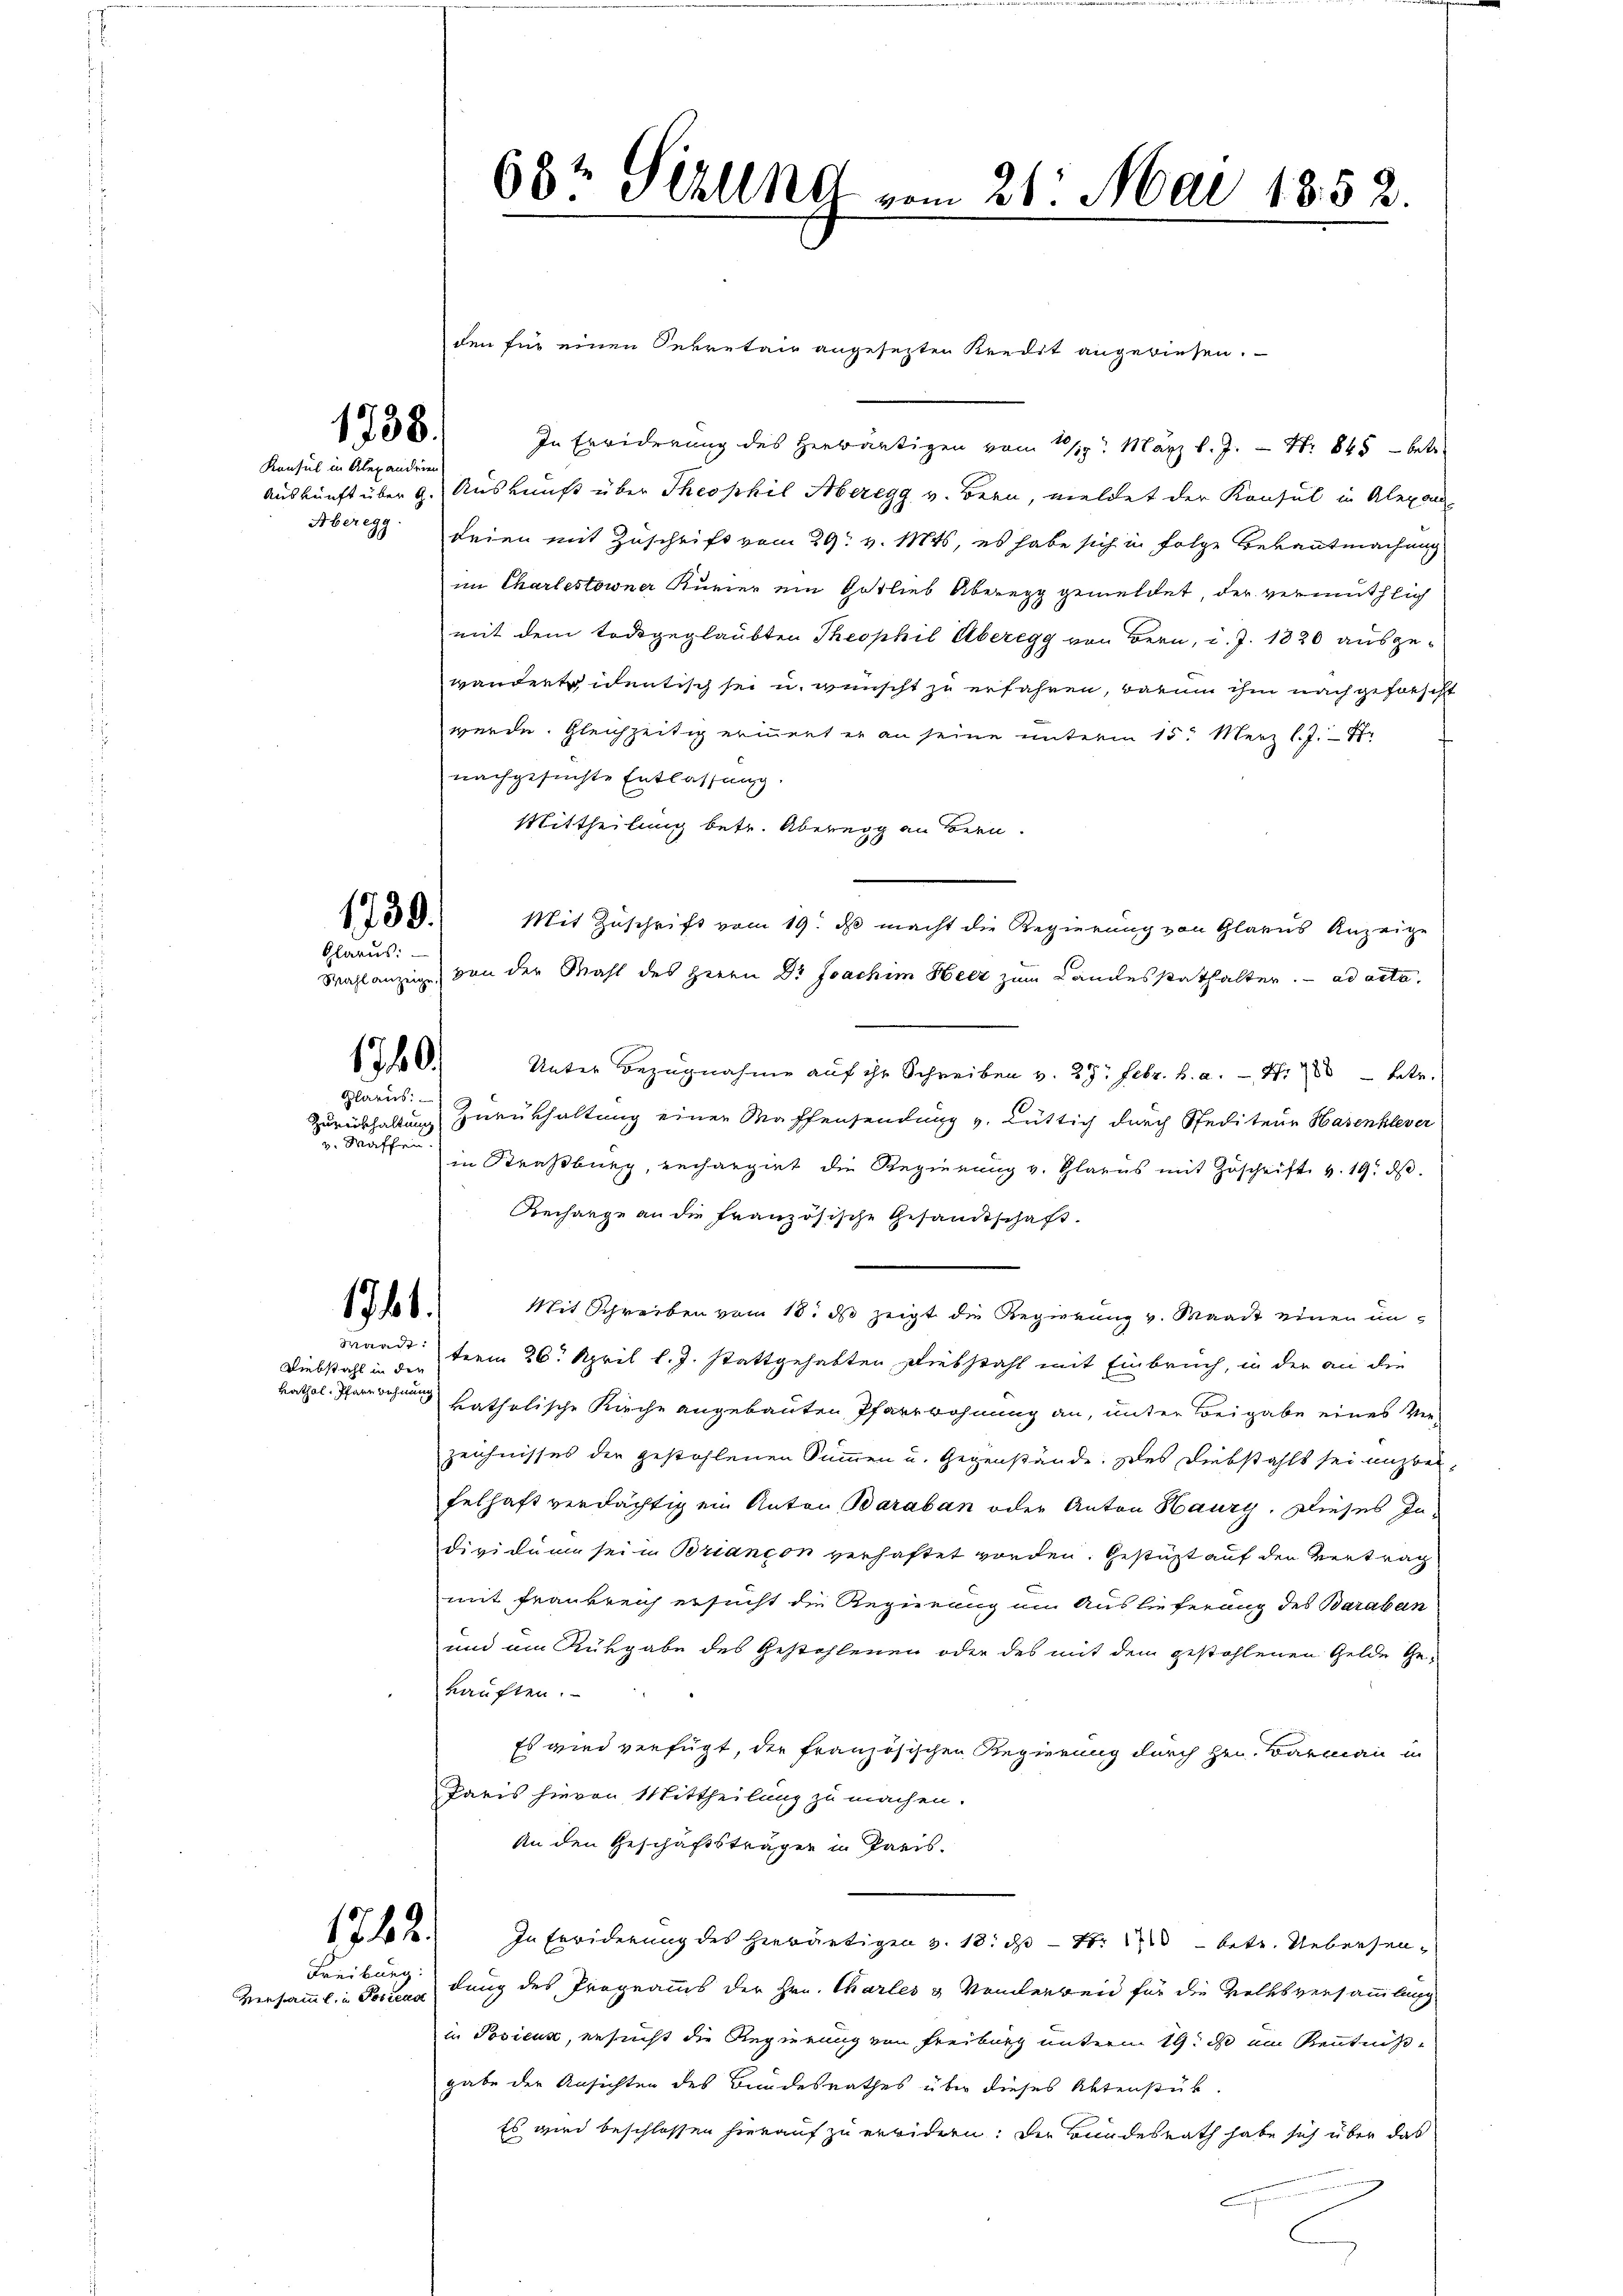
1738.
Konsul in Alexandrie

1739.
Glarus:
1740.
Glarus:
v. Waffen.

1761.

Mardt.
Diebstahl in den

Freiburg:

Versamml. in Posiera

den für einen Sekretair angesezten Kredit angewiesen.
In Erwiderung des Herwärtigen vom 10/19. März l. J. Nr. 845 — betr.
Auskunft über 9. Auskunft über Theophil Aberegg v. Bern, meldet der Konsul in Alexan¬
Aber 99. Seien mit Zuschrift vom 29. v. Mts, es habe sich in folge Bekanntmachung
im Charlestorner Kurier ein Gotlieb Aberegg gemeldet, der vermuthlich
mit dem Todesgeglaubten Theophil Überegg von Bern, d. J. 1820 ausgewandertsidentisch sei u. wünscht zu erfahren, darum ihm nach geforscht
werde. Gleichzeitig erinnert er an seine unterm 15. März l. J. 17
nachgesuchte Entlassung.
Mittheilung betr. Überegg an Bern.
Mit Zuschrift vom 19. ds macht die Regierung von Glarus Anzeige
Wahlanzig, den der Mahl des Herrn Dr Joachim Herz zum Landesstathalter. ad acta,
Unter Bezugnahme auf ihr Schreiben v. 27. Febr. h. a. — Nr 700 betr.
Zurückhaltung zurückhaltung einer Waffensendung v. Lüttig durch Spediteur Hasenhlever
in Straßburg, rechargiet die Regierung v. Glarus mit Zuschrift v. 19. ds.
Recharge an die Französische Gesandtschaft.
Mit Schreiben vom 18. ds zeigt die Regierung v. Waadt einen interm 26. April l. J. stattgehabten Diebstahl mit Einbruch, in der an die
kathol. Pfarrechnung katholische Kirche angebauten Pfarrwohnung an, unter Beigabe eines Viezeichnisses der gestohlenen Summen u. Gegenstände. Das Diebstahls sei unzwei-
felhaft verdächtig ein Anton Baraban oder Anton Haury. Dieses Individum sein Briandon verhaftet worden. Gestützt auf den Vertrag
mit Frankreich ersucht die Regierung am Auslieferung des Baraban
und am Rückgabe des Gestohlenen oder des mit dem gestohlenen Gelde Gekauften.
Es wird verfügt, der französischen Regierung durch Hrn. Barmann in
Paris hievon Mittheilung zu machen.
An den Geschäftsträger in Paris.
1712. In Erwiderung des herwärtigen v. 18. ds Fr. 170 - betr. Uebresendung des Programms der Hrn. Charles & Vonderweid für die Volksversammlung
in Posicus, ersucht die Regierung von Freiburg unterm 19. ds ein Kenntnißgabe der Ansichten des Bundesrathes über dieses Aktenstub
Es wird beschlossen hierauf zu erwidern; die Bundesrath habe sich über das

63t Sizlena vom 21. Mai 1852.